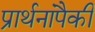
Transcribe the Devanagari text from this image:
प्रार्थनांपैकी